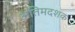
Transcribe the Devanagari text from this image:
अंतिमदशक